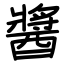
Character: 醬